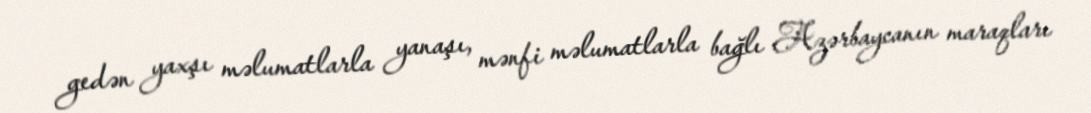
gedən yaxşı məlumatlarla yanaşı, mənfi məlumatlarla bağlı Azərbaycanın maraqları